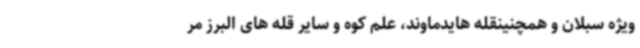
ویژه سبلان و همچنینقله هایدماوند، علم کوه و سایر قله های البرز مر